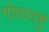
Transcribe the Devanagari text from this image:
गोवाराष्ट्र